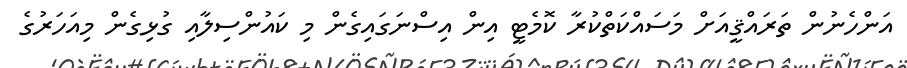
އަންހެނުން ތަރައްޤީއަށް މަސައްކަތްކުރާ ކޮމެޓީ އިން އިސްނަގައިގެން މި ކައުންސިލާއި ގުޅިގެން މިއަހަރުގެ